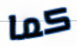
كما